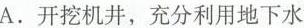
A. 开挖机井，充分利用地下水